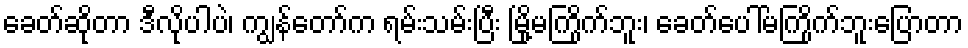
ခေတ်ဆိုတာ ဒီလိုပါပဲ၊ ကျွန်တော်က ရမ်းသမ်းပြီး မြို့မကြိုက်ဘူး၊ ခေတ်ပေါ်မကြိုက်ဘူးပြောတာ